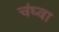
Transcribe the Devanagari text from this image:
चंघ्वा